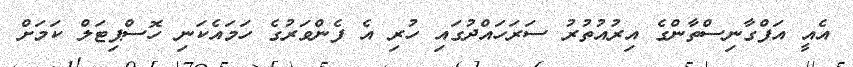
އެއީ އަފްގާނިސްތާންގެ އިރުއުތުރު ސަަރަހައްދުގައި ހުރި އެ ފެންވަރުގެ ހަމައެކަނި ހޮސްޕިޓަލް ކަމަށް